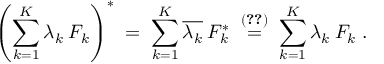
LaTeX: \left( \sum _ { k = 1 } ^ { K } \lambda _ { k } \: F _ { k } \right) ^ { * } \; = \; \sum _ { k = 1 } ^ { K } \overline { { { \lambda _ { k } } } } \: F _ { k } ^ { * } \; \stackrel { ( \ref { e q : 4 7 } ) } { = } \; \sum _ { k = 1 } ^ { K } \lambda _ { k } \: F _ { k } \; .